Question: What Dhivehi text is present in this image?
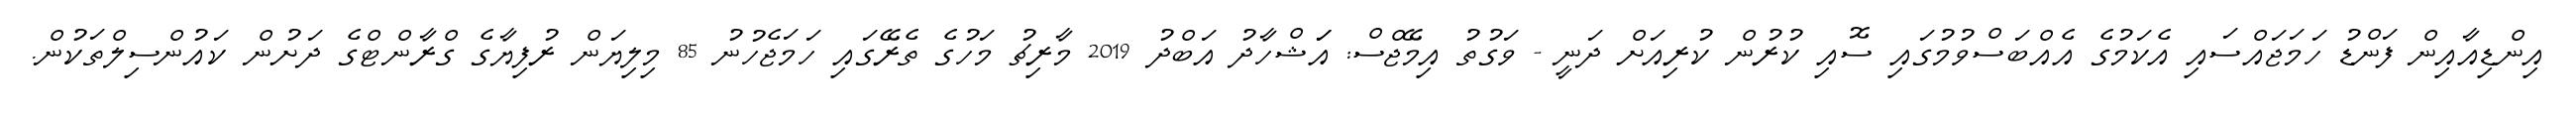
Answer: އިންޑިއާއިން ފަންޑު ހަމަޖައްސައި އެކަމުގެ އެއްބަސްވުމުގައި ސޮއި ކުރުން ކުރިއަށް ދަނީ - ވަގުތު އިމޭޖްސް: އަަޝްހާދު އަބްދު 2019 މާރިޗު މަހުގެ ތެރޭގައި ހަމަޖެހުނު 85 މިލިޔަން ރުފިޔާގެ ގްރާންޓްގެ ދަށުން ކައުންސިލްތަކުން.